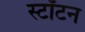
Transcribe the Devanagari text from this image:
स्टॉटन